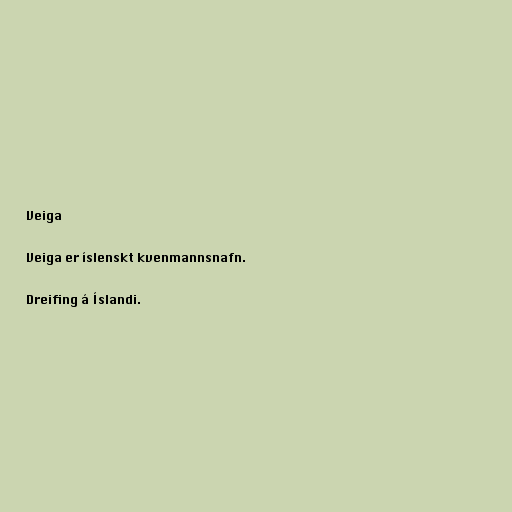
Veiga

Veiga er íslenskt kvenmannsnafn.

Dreifing á Íslandi.